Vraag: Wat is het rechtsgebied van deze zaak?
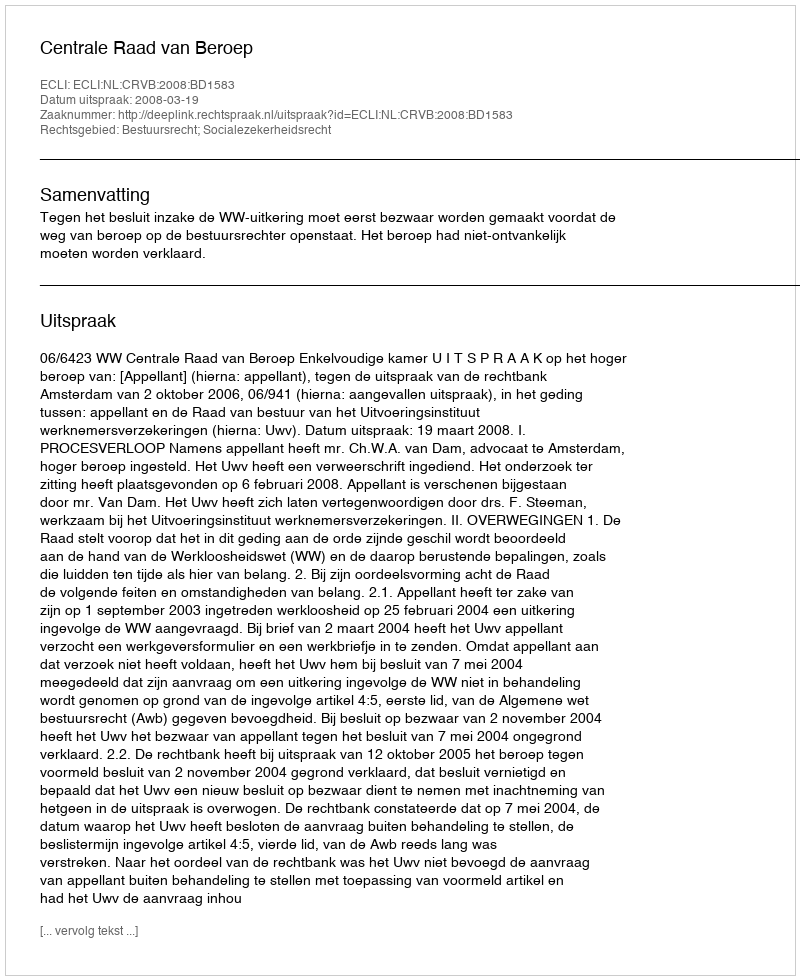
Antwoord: Bestuursrecht; Socialezekerheidsrecht